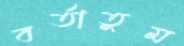
বর্তাতুম